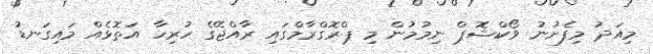
މިއަދު މިފެށުނު ވޯކްޝޮޕް ނިމުމުން މި ޕްރޮގްރާމްގައި ރާއްޖޭގެ ހުރިހާ އަތޮޅެއް މައިގަނޑު